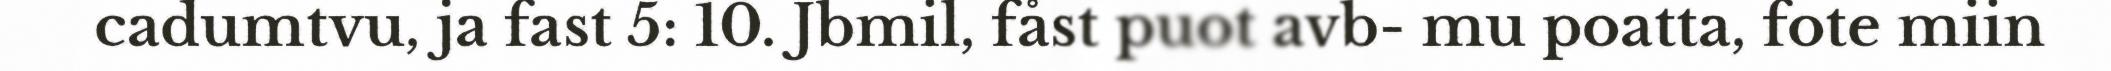
cadumtvu, ja fast 5: 10. Jbmil, fåst puot avb- mu poatta, fote miin